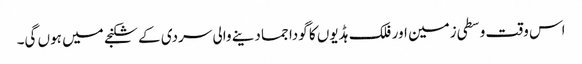
اس وقت وسطی زمین اور فلک ہڈیوں کا گودا جما دینے والی سردی کے شکنجے میں ہوں گی۔